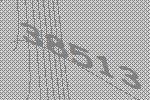
38513